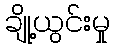
ချို့ယွင်းမှု